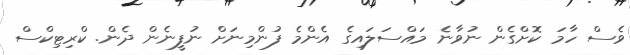
ވެސް ހާމަ ކޮށްގެން ނުވާނެ މައްސަލައިގެ އެންމެ ފުންމިނަށް ނުފީނެން ދެން. ކްރިޓިކްސް